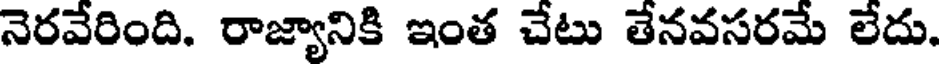
నెరవేరింది. రాజ్యానికి ఇంత చేటు తేనవసరమే లేదు.